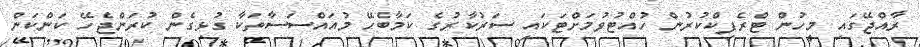
ރާއްޖޭގައި މީހުން ޓްރެފިކްކުރުން ހުއްޓުވުމަށްޓަކައި ސަރުކާރުގެ ކަމާބެހޭ މުއައްސަސާތަކާ ގުޅިގެން ކުރަންޖެހޭ ކަންކަން